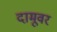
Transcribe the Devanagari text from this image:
दामूवर